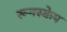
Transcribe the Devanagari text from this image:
रूनस्केप